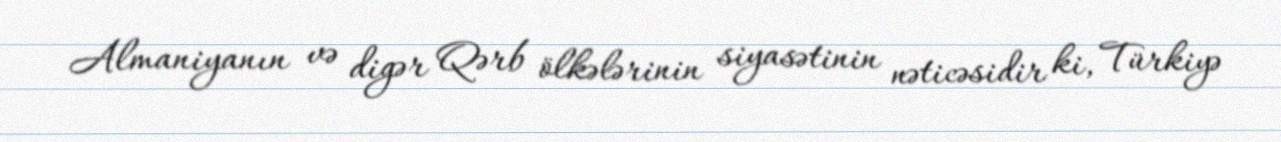
Almaniyanın və digər Qərb ölkələrinin siyasətinin nəticəsidir ki, Türkiyə